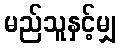
မည်သူနှင့်မျှ